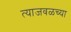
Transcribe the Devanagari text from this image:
त्याजवळच्या